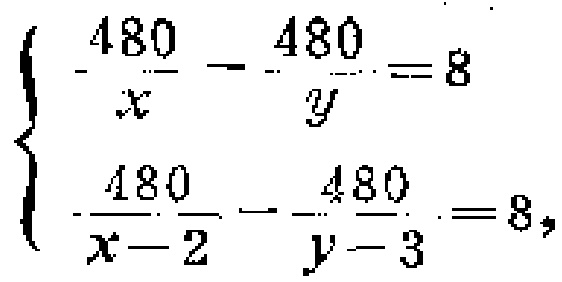
\[\begin{cases}

\frac{480}{x}-\frac{480}{y}=8\\

\frac{480}{x - 2}-\frac{480}{y - 3}=8

\end{cases}\]